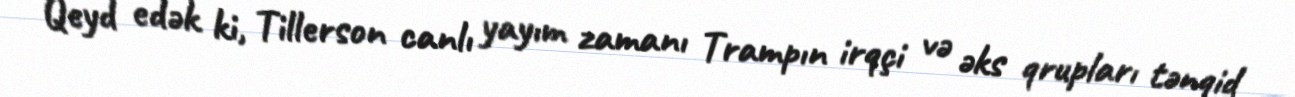
Qeyd edək ki, Tillerson canlı yayım zamanı Trampın irqçi və əks qrupları tənqid